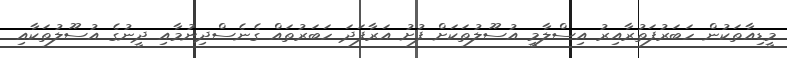
މީޑިއާތަކުން ހަބަރުފަތުރާއިރު އިސްލާމީ އުސޫލުތަކަށް ފުށު އަރާފަދަ ހަބަރުތައް ގެނެސްދިނުމާއި ދީނުގެ އުސޫލުތަކާއި